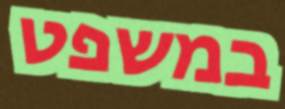
במשפט